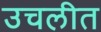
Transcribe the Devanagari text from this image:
उचलीत